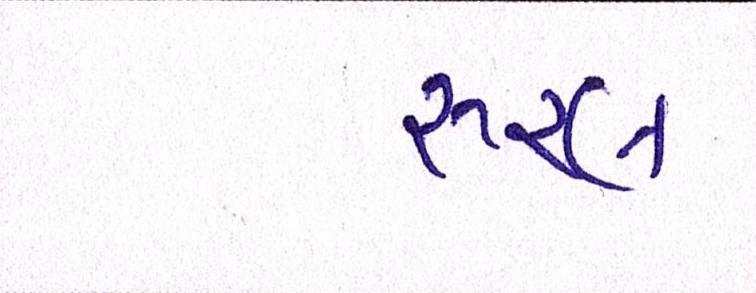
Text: રૂરલ